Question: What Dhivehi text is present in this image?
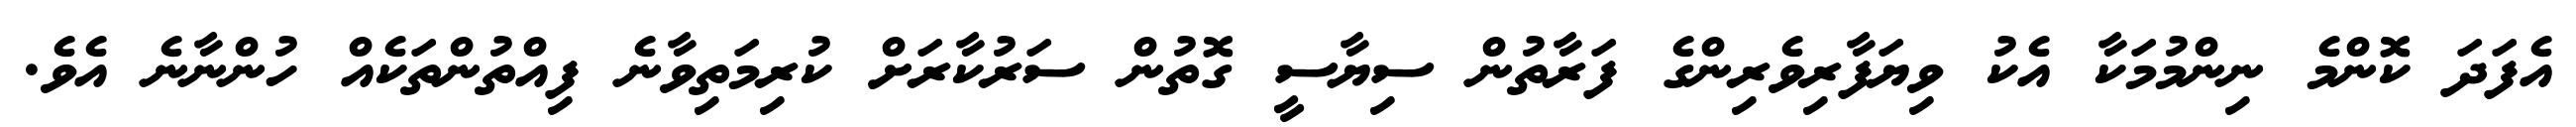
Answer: އެފަދަ ކޮންމެ ނިންމުމަކާ އެކު ވިޔަފާރިވެރިންގެ ފަރާތުން ސިޔާސީ ގޮތުން ސަރުކާރަށް ކުރިމަތިވާނެ ފިއްތުންތަކެއް ހުންނާނެ އެވެ.